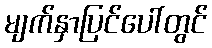
မျက်နှာပြင်ပေါ်တွင်